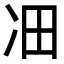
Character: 𪞛